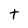
Character: t